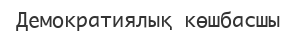
Демократиялық көшбасшы